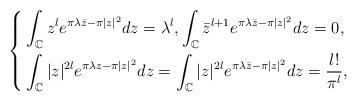
LaTeX: \begin{align*}\left\{\begin{aligned}&\int_{\mathbb{C}}z^l e^{\pi \lambda\bar{z}-\pi|z|^2}dz=\lambda^l,\int_{\mathbb{C}}\bar{z}^{l+1}e^{\pi \lambda\bar{z}-\pi|z|^2}dz=0,\\&\int_{\mathbb{C}}|z|^{2l}e^{\pi\lambda z -\pi|z|^2}dz=\int_{\mathbb{C}}|z|^{2l}e^{\pi\lambda \bar{z} -\pi|z|^2}dz=\frac{l!}{\pi^l},\end{aligned}\right.\end{align*}